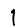
Digit: 1